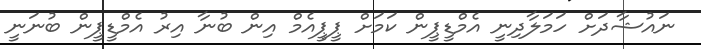
ނައުޝާދަށް ހަމަލާދިނީ އެމްޑީޕީން ކަމަށް ޕީޕީއެމް އިން ބުނާ އިރު އެމްޑީޕީން ބުނަނީ